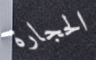
الحجارة